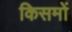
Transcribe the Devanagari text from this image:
किसमों